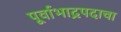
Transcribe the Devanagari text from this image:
पूर्वाभाद्रपदाचा